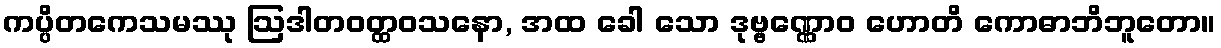
ကပ္ပိတကေသမဿု ဩဒါတဝတ္ထဝသနော, အထ ခေါ သော ဒုဗ္ဗဏ္ဏောဝ ဟောတိ ကောဓာဘိဘူတော။